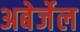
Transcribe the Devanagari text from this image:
अबेर्जेल